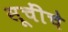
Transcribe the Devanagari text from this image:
सूचींचे